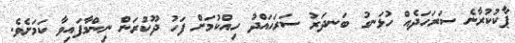
ޕާކުކުރާނެ ސަރަހަދެއް ހުޅަނގު ބަނދަރު ސަރަހައްދު ހިއްކުމަށް ފަހު ދޫކުރަން ނިންމާފައިވާ ކަމަށެވެ.